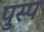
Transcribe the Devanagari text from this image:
पुस्प